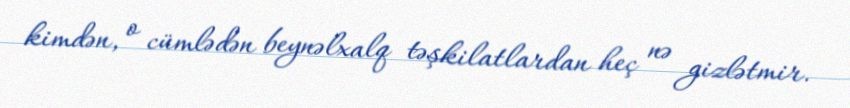
kimdən, o cümlədən beynəlxalq təşkilatlardan heç nə gizlətmir.